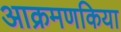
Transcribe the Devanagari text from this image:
आक्रमणकिया